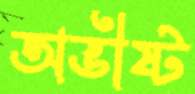
অভীষ্ট